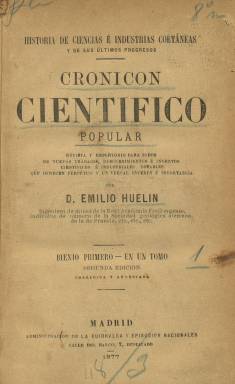
Título: Cronicón científico popular
Otros títulos: Historia de ciencias e industrias cotáneas y de sus últimos progresos
Colección: Ciencias
Ámbito geográfico: Madrid
Lugar de publicación: Madrid
Fechas: 01/01/1870-31/12/1873

Publicación del ingeniero de Minas y destacado publicista y divulgador de las ciencias y las tecnologías de la segunda mitad del siglo diecinueve Emilio Huelín Newman (1829-1904). En 1872 había editado un primer tomo, correspondiente al bienio 1870-1871,de este Cronicón… en el que reunirá, de forma cronológica y temática, sus artículos publicados previamente en la sección Revista científica, de la que se había hecho cargo, de La Ilustración española y americana (1869-1921), al advertir que estaban siendo reproducidos y traducidos en numerosos periódicos, usando también así una fórmula editorial equiparable a la del Année Scientifique et Industrielle, que el asimismo divulgador científico francés Louis Figuier (1819-1894) venía publicando con gran éxito desde 1857 recogiendo sus propios textos aparecidos previamente en La Presse.

Huelín publicará una segunda edición “corregida y aumentada” de ese “bienio primero” (1870-1871), así como dos tomos de un “segundo bienio” (1872-1873), con adiciones de las novedades y progresos científicos e industriales que habían sucedido en esos periodos, pero que alargará hasta finales de 1876, además de “copiosísima bibliografía científica”, pues también era uno de los autores de la sección de novedades bibliográficas de La ilustración española y americana, además de colaborador científico de otras publicaciones. Son la segunda edición del único tomo del “primer bienio” y los dos del “segundo bienio”, editados los tres en 1877, los que forman parte de la colección de la Hemeroteca Digital de la BNE.

El Cronicón… tendrá el subtítulo “revista y repertorio para todos de nuevos trabajos, descubrimientos e inventos científicos e industriales notables que ofrecen perpetuo y universal interés e importancia” y junto al título también aparece la indicación “historia de ciencias e industrias coetáneas y de sus últimos progresos”, lo que supuso llenar un vacío en la literatura de divulgación científica en aquel momento en España, según el estudio que sobre esta labor de Huelín publicará Mavi Corell Doménech en la revista Asclepio en 2013.

Este Cronicón… no sólo fue dirigido a profesores, catedráticos y estudiantes, así como a profesionales industriales, ingenieros, médicos o farmacéuticos, sino a agricultores y a un público amplio, incluidas las mujeres, de ahí la indicación de “popular” en su título, y su aparición fue objeto de reseñas positivas en las revistas de la época, según Corell Doménech, aunque también negativas, como la publicada en su momento por el escritor y crítico literario Armando Palacio Valdés (1853-1938).

Huelín fue un infatigable viajero por Europa, hombre de vasta erudición y políglota, escritor y ensayista, y miembro de la Real Academia de Ciencias de Freiberg (Dresde) y de las sociedades geológicas de Alemania y Francia, tal como aparece indicado en la portada de su Cronicón…, y posteriormente, desde 1884 a 1900, llegó a ser contador decano del Tribunal de Cuentas del Reino. En su época como publicista, en la que difundió, desde una visión conservadora y católica, las ciencias y las investigaciones principalmente francesas y alemanas, propugnó el naturalismo científico enmarcando en un ámbito religioso, rechazando el hegelianismo y el krausismo.

El tomo del “primer bienio” incluye una tabla cronológica-temática de sus contenidos (generalmente, mensual), mientras que la tabla del “segundo bienio” está clasificada en capítulos y materias. Tanto uno como otro, incluyen al final índices alfabéticos de materias y onomástico tanto de autores, investigadores y cuantas personas son referidas en los artículos. Casi una treintena de materias son las que trató Huelín, según el apéndice que incluye Corell Doménech en su estudio. Así, dio cuenta de los últimos trabajos sobre Darwin, Haeckel  o Tylor, y sus artículos tratarán sobre antropología, etnología, psicología, filosofía, medicina, neurología, fisiología, lingüística, meteorología, geografía, arqueología, geología, ingeniería, química, física, astronomía, agricultura, industria, transportes, aerostática, mecánica, zootecnia, micología, botánica  o mineralogía, además de otros sobre enseñanza y actividades académicas y de bibliografía científica y técnica.